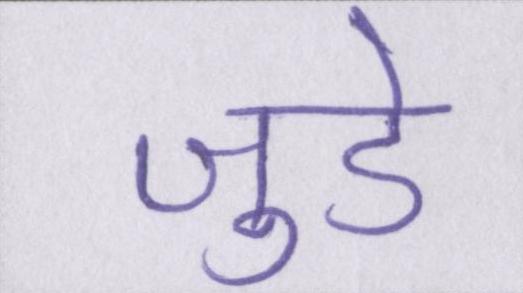
जुडे